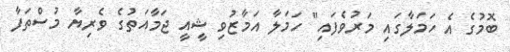
ބޮމުގެ އެ ހަމަލާގައި މަރުވެފައި" ހަމަލާ އަމާޒުވި ޝީއީ ޖަމާއަތުގެ ވެރިޔާ މުސްތަފާ